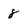
Character: 8